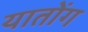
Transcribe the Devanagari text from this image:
यातोंग